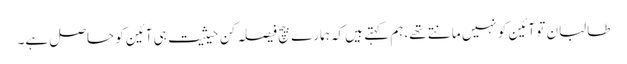
طالبان تو آئین کو نہیں مانتے تھے، ہم کہتے ہیں کہ ہمارے بیچ فیصلہ کن حیثیت ہی آئین کو حاصل ہے۔